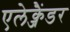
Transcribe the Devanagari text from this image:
एलेक्जैंडर